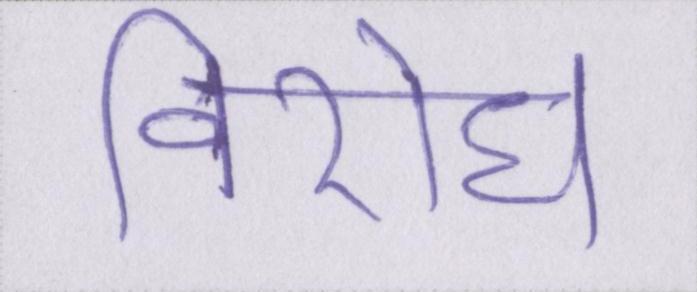
विरोध